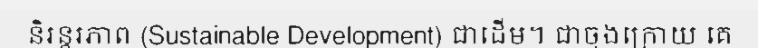
និរន្តរភាព (Sustainable Development) ជាដើម។ ជាចុងក្រោយ គេ